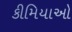
કીમિયાઓ